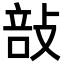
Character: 㪗